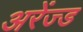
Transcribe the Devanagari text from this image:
अरेंज्ड